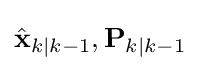
{\hat {\mathbf {x} }}_{k\mid k-1},\mathbf {P} _{k\mid k-1}